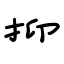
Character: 抑